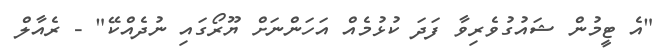
"އެ ޓީމުން ޝައުގުވެރިވާ ފަދަ ކުޅުމެއް އަހަންނަށް ޔޫރޯގައި ނުދެއްކޭ" - ރެއާލް